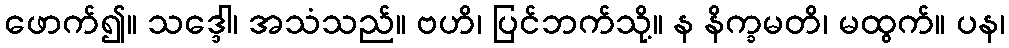
ဖောက်၍။ သဒ္ဒေါ၊ အသံသည်။ ဗဟိ၊ ပြင်ဘက်သို့။ န နိက္ခမတိ၊ မထွက်။ ပန၊